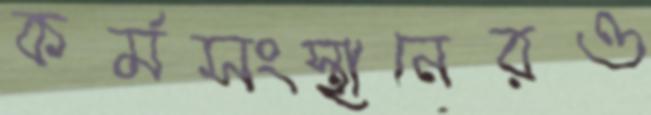
কর্মসংস্থানেরও